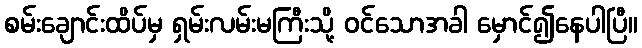
စမ်းချောင်းထိပ်မှ ရှမ်းလမ်းမကြီးသို့ ဝင်သောအခါ မှောင်၍နေပါပြီ။